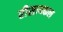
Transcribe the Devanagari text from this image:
रीसायकल